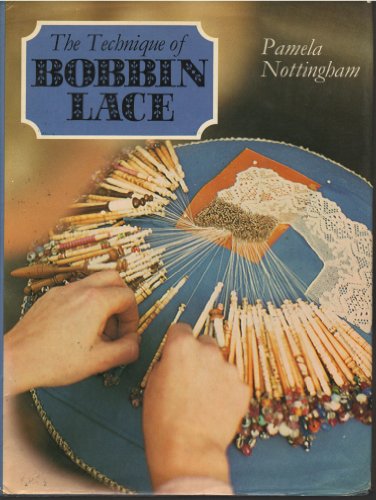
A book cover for The Technique of Bobbin Lace; Pamela Nottingham; Crafts, Hobbies & Home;